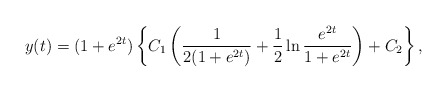
\begin{align*}y(t)=(1+e^{2t})\left\{C_1\left(\frac{1}{2(1+e^{2t})}+\frac{1}{2}\ln\frac{e^{2t}}{1+e^{2t}}\right)+C_2\right\},\end{align*}